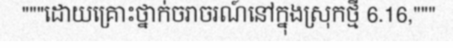
"""ដោយគ្រោះថ្នាក់ចរាចរណ៍នៅក្នុងស្រុកថ្មី 6.16,"""